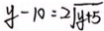
y - 1 0 = 2 \sqrt { y + 5 }